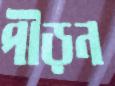
পীড়ন